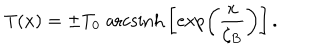
T ( x ) = \pm T _ { 0 } \; \mathrm { a r c s i n h } \left[ \exp \left( \frac { x } { \zeta _ { B } } \right) \right] .